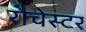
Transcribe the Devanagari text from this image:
रौचेस्टर